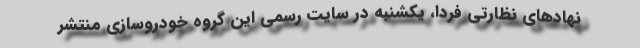
نهادهای نظارتی فردا، یکشنبه در سایت رسمی این گروه خودروسازی منتشر